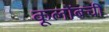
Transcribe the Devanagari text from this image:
कूलोंबची